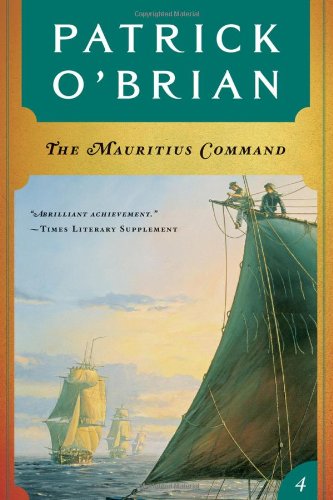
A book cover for The Mauritius Command (Vol. Book 4)  (Aubrey/Maturin Novels); Patrick O'Brian; Literature & Fiction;